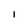
Character: I